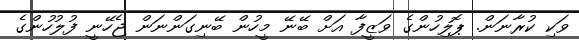
ވަކި ކުރާނަން. ޕޮލިހުންގެ ވަޒީފާ އަށް ބޭނޭ މީހުން ބޭނިގަންނަން ޖެހޭނީ ފުލުހުންގެ